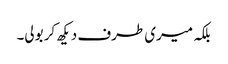
بلکہ میری طرف دیکھ کر بولی۔